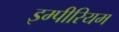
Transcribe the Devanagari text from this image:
इम्पीरियम